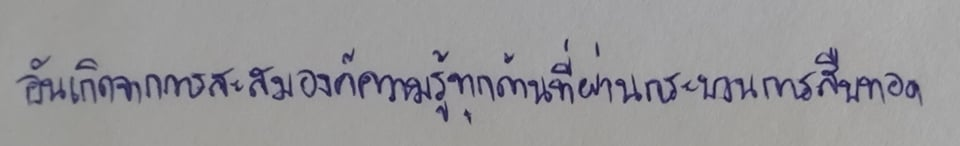
อันเกิดจากการสะสมองค์ความรู้ทุกด้านที่ผ่านกระบวนการสืบทอด